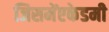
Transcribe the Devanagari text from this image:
जिसमेंएकेडमी